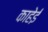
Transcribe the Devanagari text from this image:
काहेई